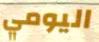
اليومي